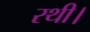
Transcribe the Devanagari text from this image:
रथी।